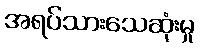
အရပ်သားသေဆုံးမှု